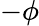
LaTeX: -\phi